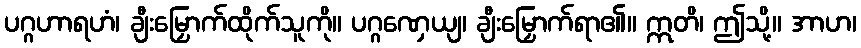
ပဂ္ဂဟာရဟံ၊ ချီးမြှောက်ထိုက်သူကို။ ပဂ္ဂဏှေယျ၊ ချီးမြှောက်ရာ၏။ ဣတိ၊ ဤသို့။ အာဟ၊